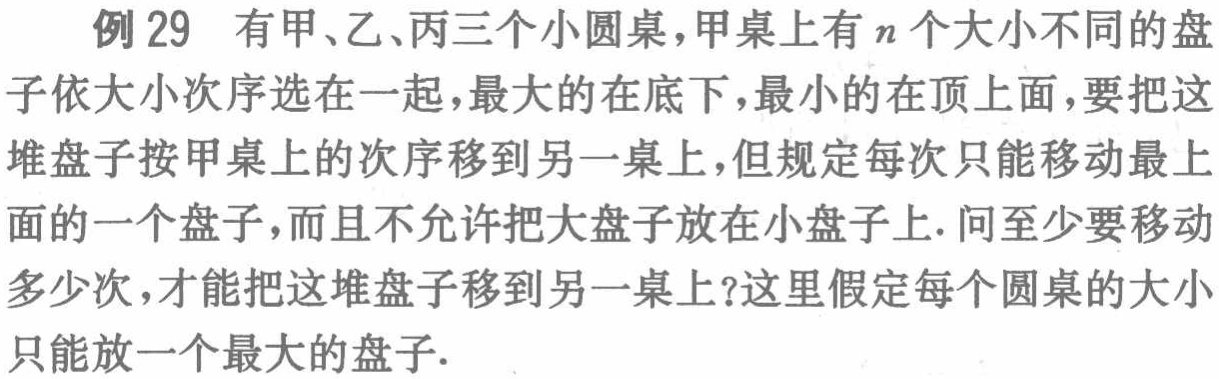
例 29 有甲、乙、丙三个小圆桌，甲桌上有 \(n\) 个大小不同的盘子依大小次序选在一起，最大的在底下，最小的在顶上面，要把这堆盘子按甲桌上的次序移到另一桌上，但规定每次只能移动最上面的一个盘子，而且不允许把大盘子放在小盘子上. 问至少要移动多少次，才能把这堆盘子移到另一桌上？这里假定每个圆桌的大小只能放一个最大的盘子.